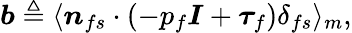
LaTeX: \boldsymbol{b}\triangleq\langle\boldsymbol{n}_{fs}\cdot\left(-p_{f}\boldsymbol{I}+\boldsymbol{\tau}_{f}\right)\delta_{fs}\rangle_{m},